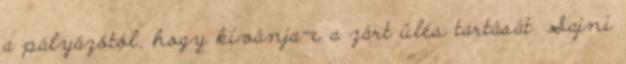
a pályázótól, hogy kívánja-e a zárt ülés tartását. Sajni